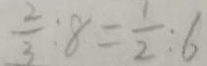
\frac { 2 } { 3 } : 8 = \frac { 1 } { 2 } : 6